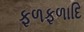
ફળફળાદિ